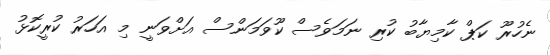
ނެހުރޫ ކަޕް ކާމިޔާބު ކުރި ނަމަވެސް ކޫވަމަންސް އަށްވަނީ މި އަހަރު ކުރީކޮޅު